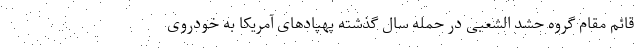
قائم مقام گروه حشد الشعبی در حمله سال گذشته پهپادهای آمریکا به خودروی